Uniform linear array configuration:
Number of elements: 8
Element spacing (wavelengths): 0.75
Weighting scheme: hamming
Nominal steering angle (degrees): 45
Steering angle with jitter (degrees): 45.265
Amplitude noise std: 0.05
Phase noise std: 0.05

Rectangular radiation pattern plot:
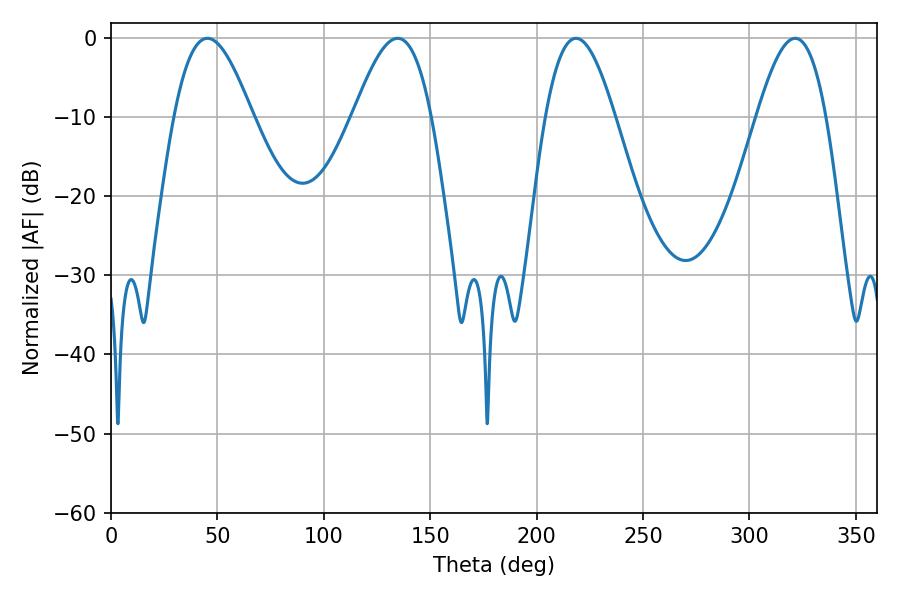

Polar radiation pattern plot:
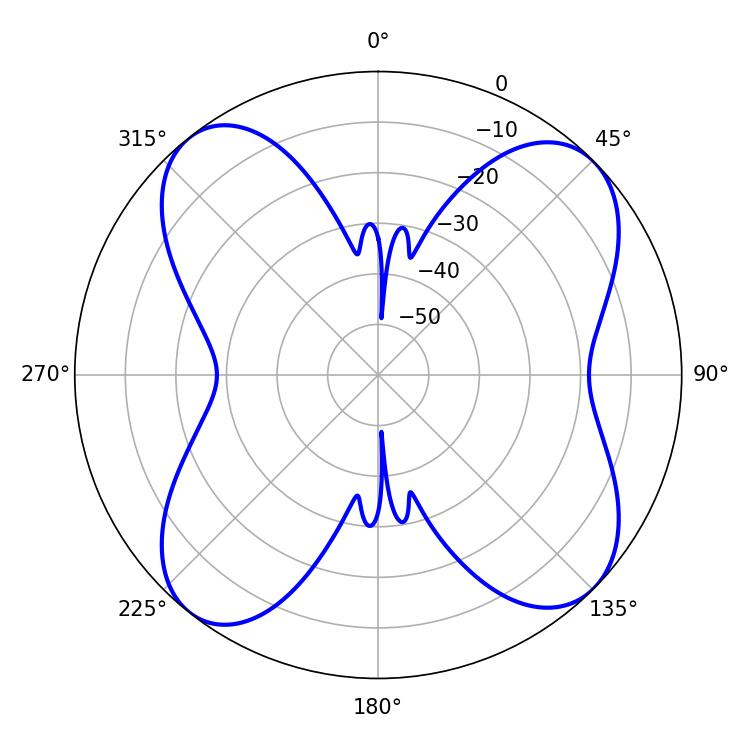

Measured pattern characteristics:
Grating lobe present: TRUE
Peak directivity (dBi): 11.823
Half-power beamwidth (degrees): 17.64
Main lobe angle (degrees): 218.52